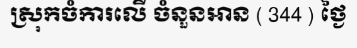
ស្រុកចំការលើ ចំនួនអាន ( 344 ) ថ្ងៃ